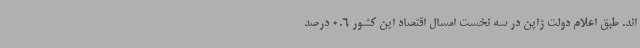
اند. طبق اعلام دولت ژاپن در سه نخست امسال اقتصاد این کشور 0.6 درصد